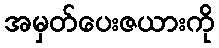
အမှတ်ပေးဇယားကို